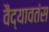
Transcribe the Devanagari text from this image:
वैद्यावतंस